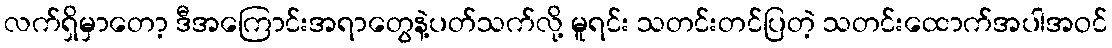
လက်ရှိမှာတော့ ဒီအကြောင်းအရာတွေနဲ့ပတ်သက်လို့ မူရင်း သတင်းတင်ပြတဲ့ သတင်းထောက်အပါအဝင်